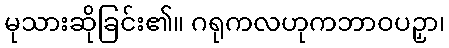
မုသားဆိုခြင်း၏။ ဂရုကလဟုကဘာဝပဉှာ၊